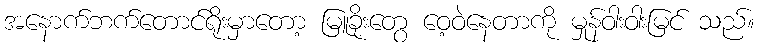
အနောက်ဘက်တောင်ရိုးမှာတော့ မြူခိုးတွေ ဝေ့ဝဲနေတာကို မှုန်ဝါးဝါးမြင် သည်။